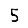
Digit: 5